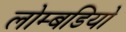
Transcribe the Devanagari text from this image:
लोम्बडियो